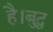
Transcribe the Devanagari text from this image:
है।बुद्ध